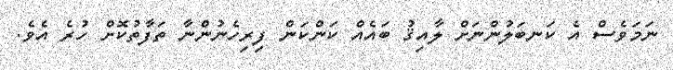
ނަމަވެސް އެ ކަނބަލުންނަށް ލާއިޤު ބައެއް ކަންކަން ފިރިހެނުންނާ ތަފާތުކޮށް ހުރެ އެވެ.